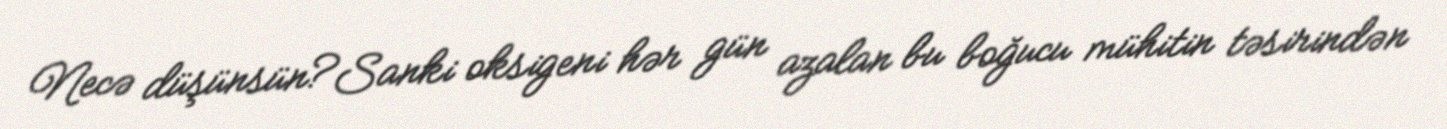
Necə düşünsün?Sanki oksigeni hər gün azalan bu boğucu mühitin təsirindən